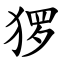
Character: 猡